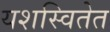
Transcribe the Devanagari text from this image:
यशस्वितेत